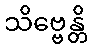
သိဗ္ဗေန္တိ